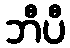
ဘီပီ